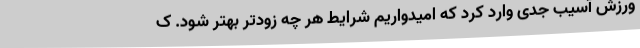
ورزش آسیب جدی وارد کرد که امیدواریم شرایط هر چه زودتر بهتر شود. ک